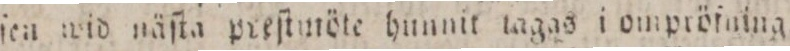
ſen wid näſta preſtinöte hunnit lagas i ompröſaing.